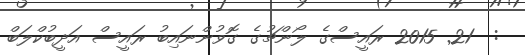
:  21